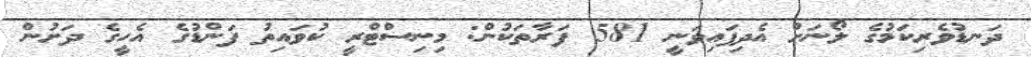
ދަނޑުވެރިކަމުގެ ލޯނަށް އެދިފައިވަނީ 581 ފަރާތަކުން: މިނިސްޓްރީ ކުވައިތު ފަންޑުގެ އެހީގެ ދަށުން